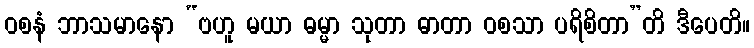
ဝစနံ ဘာသမာနော “ဗဟူ မယာ ဓမ္မာ သုတာ ဓာတာ ဝစသာ ပရိစိတာ”တိ ဒီပေတိ။